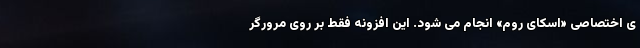
ی اختصاصی «اسکای ‌روم» انجام می شود. این افزونه فقط بر روی مرورگر